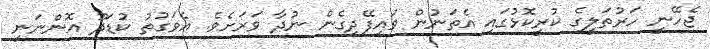
ޖެހޭނީ ހަރުތަލީގެ ކުރީކޮޅުގައި އެތަނުން ވައިފޭދިގެން ނުދާ ވަރަށެވެ. އެވަގުތު ކުޑަދޫ އޮންނަނީ